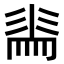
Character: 𭛕